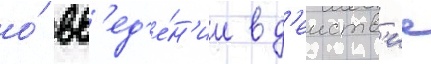
о́ вв'ед'е́н'ии в д'еиств'ие